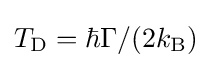
T_{\text{D}}=\hbar \Gamma /(2k_{\text{B}})